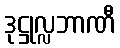
ဒုဋ္ဌုလ္လဘာဏီ